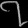
Digit: ၇